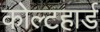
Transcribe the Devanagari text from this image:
कोल्टहार्ड